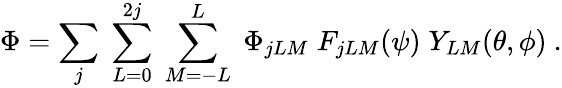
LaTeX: \Phi=\sum_{j}\; \sum_{L=0}^{2j}\; \sum_{M=-L}^{L}\; \Phi_{jLM}\; F_{jLM}(\psi)\; Y_{LM}(\theta,\phi)\ .